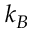
k _ { B }